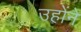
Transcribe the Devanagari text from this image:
उहोंनें